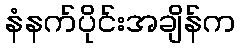
နံနက်ပိုင်းအချိန်က